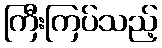
ကြီးကြပ်သည့်